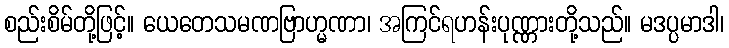
စည်းစိမ်တို့ဖြင့်။ ယေတေသမဏဗြာဟ္မဏာ၊ အကြင်ရဟန်းပုဏ္ဏားတို့သည်။ မဒပ္ပမာဒါ၊